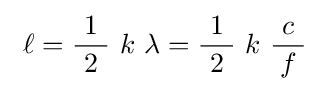
\ \ell ={\frac {\ 1\ }{2}}\ k\ \lambda ={\frac {\ 1\ }{2}}\ k\ {\frac {\ c\ }{f}}\